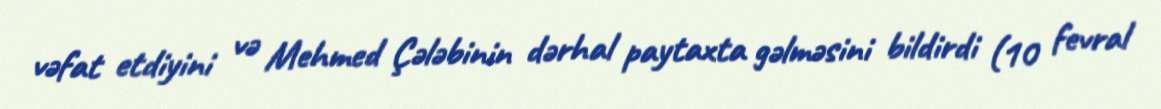
vəfat etdiyini və Mehmed Çələbinin dərhal paytaxta gəlməsini bildirdi (10 fevral